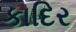
કાદિર